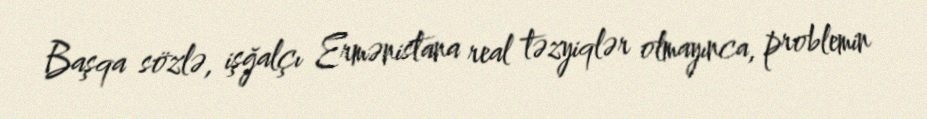
Başqa sözlə, işğalçı Ermənistana real təzyiqlər olmayınca, problemin